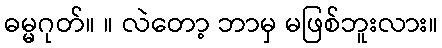
ဓမ္မဂုတ်။ ။ လဲတော့ ဘာမှ မဖြစ်ဘူးလား။